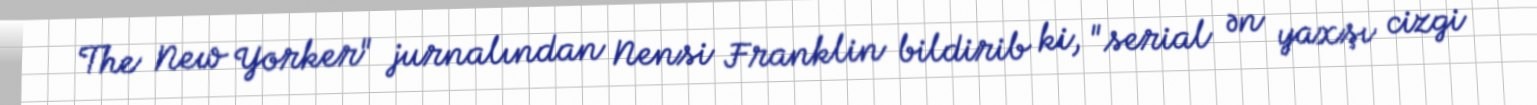
The New Yorker" jurnalından Nensi Franklin bildirib ki, "serial ən yaxşı cizgi